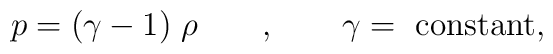
p = (\gamma - 1 )\;\rho \qquad , \qquad \gamma = {\rm~constant},